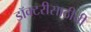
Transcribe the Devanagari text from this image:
डॉक्टरीसाठीची